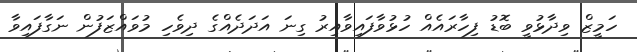
ހަމީޒް ވިދާޅުވީ ބޮޑު ފިހާރައެއް ހުޅުވާފައިވާއިރު ގިނަ އަދަދެއްގެ ދިވެހި މުވައްޒަފުން ނަގާފައިވާ